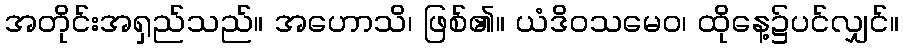
အတိုင်းအရှည်သည်။ အဟောသိ၊ ဖြစ်၏။ ယံဒိဝသမေဝ၊ ထိုနေ့၌ပင်လျှင်။